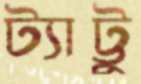
ট্যাট্টু